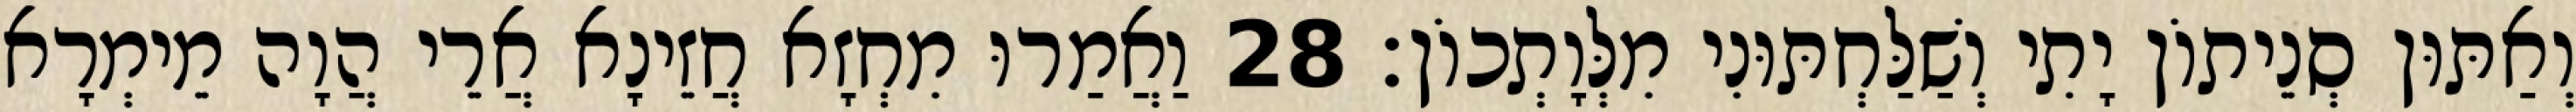
וְאַתּוּן סְנֵיתוֹן יָתִי וְשַׁלַּחְתּוּנִי מִלְּוָתְכוֹן׃ 28 וַאֲמַרוּ מִחְזָא חֲזֵינָא אֲרֵי הֲוָה מֵימְרָא